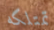
تمتلكه